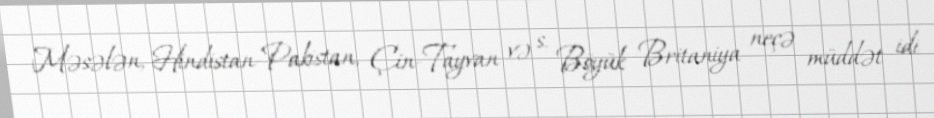
Məsələn, Hindistan-Pakistan, Çin-Tayvan və s. Böyük Britaniya neçə müddət idi